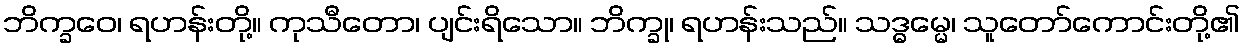
ဘိက္ခဝေ၊ ရဟန်းတို့။ ကုသီတော၊ ပျင်းရိသော။ ဘိက္ခု၊ ရဟန်းသည်။ သဒ္ဓမ္မေ၊ သူတော်ကောင်းတို့၏